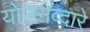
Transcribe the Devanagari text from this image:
योजनेव्दारे